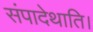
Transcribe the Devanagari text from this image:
संपादेथाति।